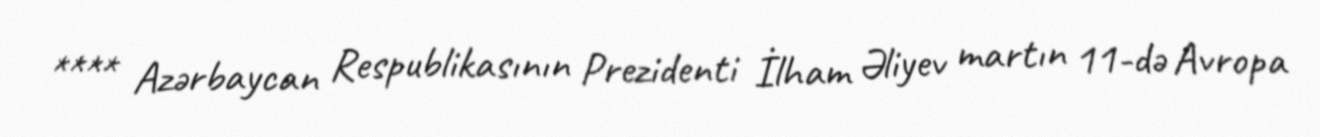
**** Azərbaycan Respublikasının Prezidenti İlham Əliyev martın 11-də Avropa